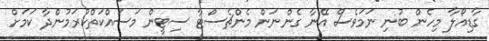
ގާޑިއޯލާ މިހެން ބުނި ނަމަވެސް އޭނާ ގެންނަން މެންޗެސްޓާ ސިޓީން މަސައްކަތްކުރަމުންދާ ކަމަށް